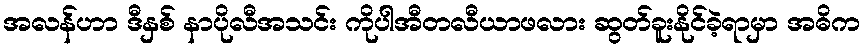
အလန်ဟာ ဒီနှစ် နာပိုလီအသင်း ကိုပါအီတလီယာဖလား ဆွတ်ခူးနိုင်ခဲ့ရာမှာ အဓိက